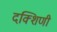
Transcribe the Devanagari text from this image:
दक्शिणी